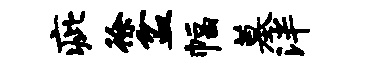
疵徐盆幅墓泮